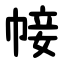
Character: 帹